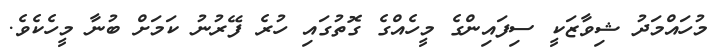
މުހައްމަދު ޝިވާޒަކީ ސިފައިންގެ މީހެއްގެ ގޮތުގައި ހުރެ ފޭރުނު ކަމަށް ބުނާ މީހެކެވެ.